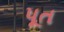
પૂત